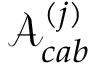
\mathcal { A } _ { c a b } ^ { ( j ) }